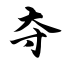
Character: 夺